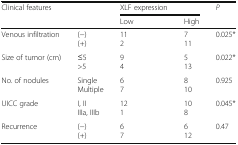
<table><thead><tr><td rowspan="2" colspan="2"><b>Clinical features</b></td><td><b>XLF expression</b></td><td></td><td rowspan="2"><b><i>P</i></b></td></tr><tr><td><b>Low</b></td><td><b>High</b></td></tr></thead><tbody><tr><td>Venous infiltration</td><td>(−)(+)</td><td>112</td><td>711</td><td>0.025*</td></tr><tr><td>Size of tumor (cm)</td><td>≤5&gt;5</td><td>94</td><td>513</td><td>0.022*</td></tr><tr><td>No. of nodules</td><td>SingleMultiple</td><td>67</td><td>810</td><td>0.925</td></tr><tr><td>UICC grade</td><td>I, IIIIIa, IIIb</td><td>121</td><td>108</td><td>0.045*</td></tr><tr><td>Recurrence</td><td>(−)(+)</td><td>67</td><td>612</td><td>0.47</td></tr></tbody></table>